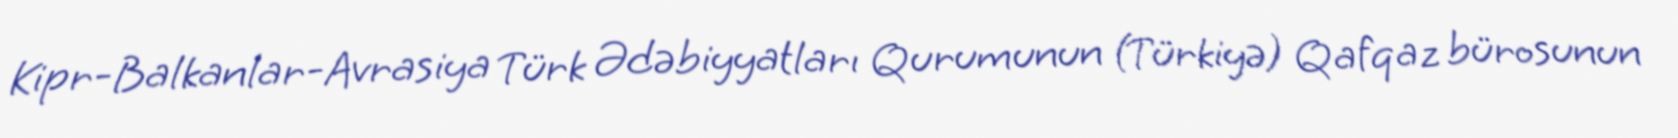
Kipr-Balkanlar-Avrasiya Türk Ədəbiyyatları Qurumunun (Türkiyə) Qafqaz bürosunun